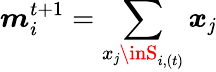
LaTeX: \boldsymbol{m}_{i}^{t+1}=\sum_{x_{\mathit{j}}\inS_{i,(t)}}\boldsymbol{x}_{\mathit{j}}